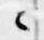
々